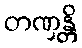
တဏှန္တိ